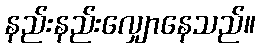
နည်းနည်းလျှောနေသည်။